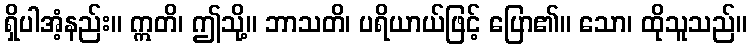
ရှိပါအံ့နည်း။ ဣတိ၊ ဤသို့။ ဘာသတိ၊ ပရိယာယ်ဖြင့် ပြော၏။ သော၊ ထိုသူသည်။